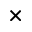
\times